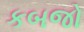
કબજો